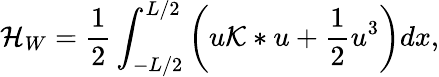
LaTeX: \mathcal{H}_{W}=\frac{1}{2}\int_{-L/2}^{L/2}\left(u\mathcal{K}*u+\frac{1}{2}u^{3}\right)dx,